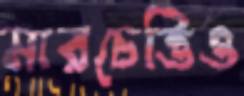
মারচেত্তিও